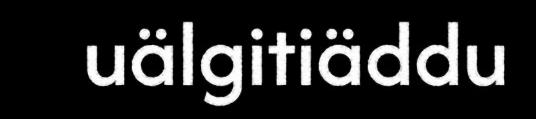
uälgitiäddu